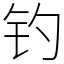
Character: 钓